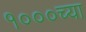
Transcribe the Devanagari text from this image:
१०००च्या